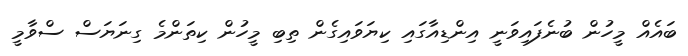
ބައެއް މީހުން ބުނެފައިވަނީ އިންޑިއާގައި ކިޔަވައިގެން ތިބި މީހުން ކިތަންމެ ގިނަޔަސް ސްވާމީ